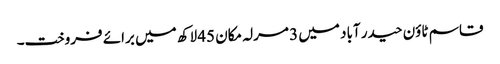
قاسم ٹاؤن حیدر آباد میں 3 مرلہ مکان 45 لاکھ میں برائے فروخت۔